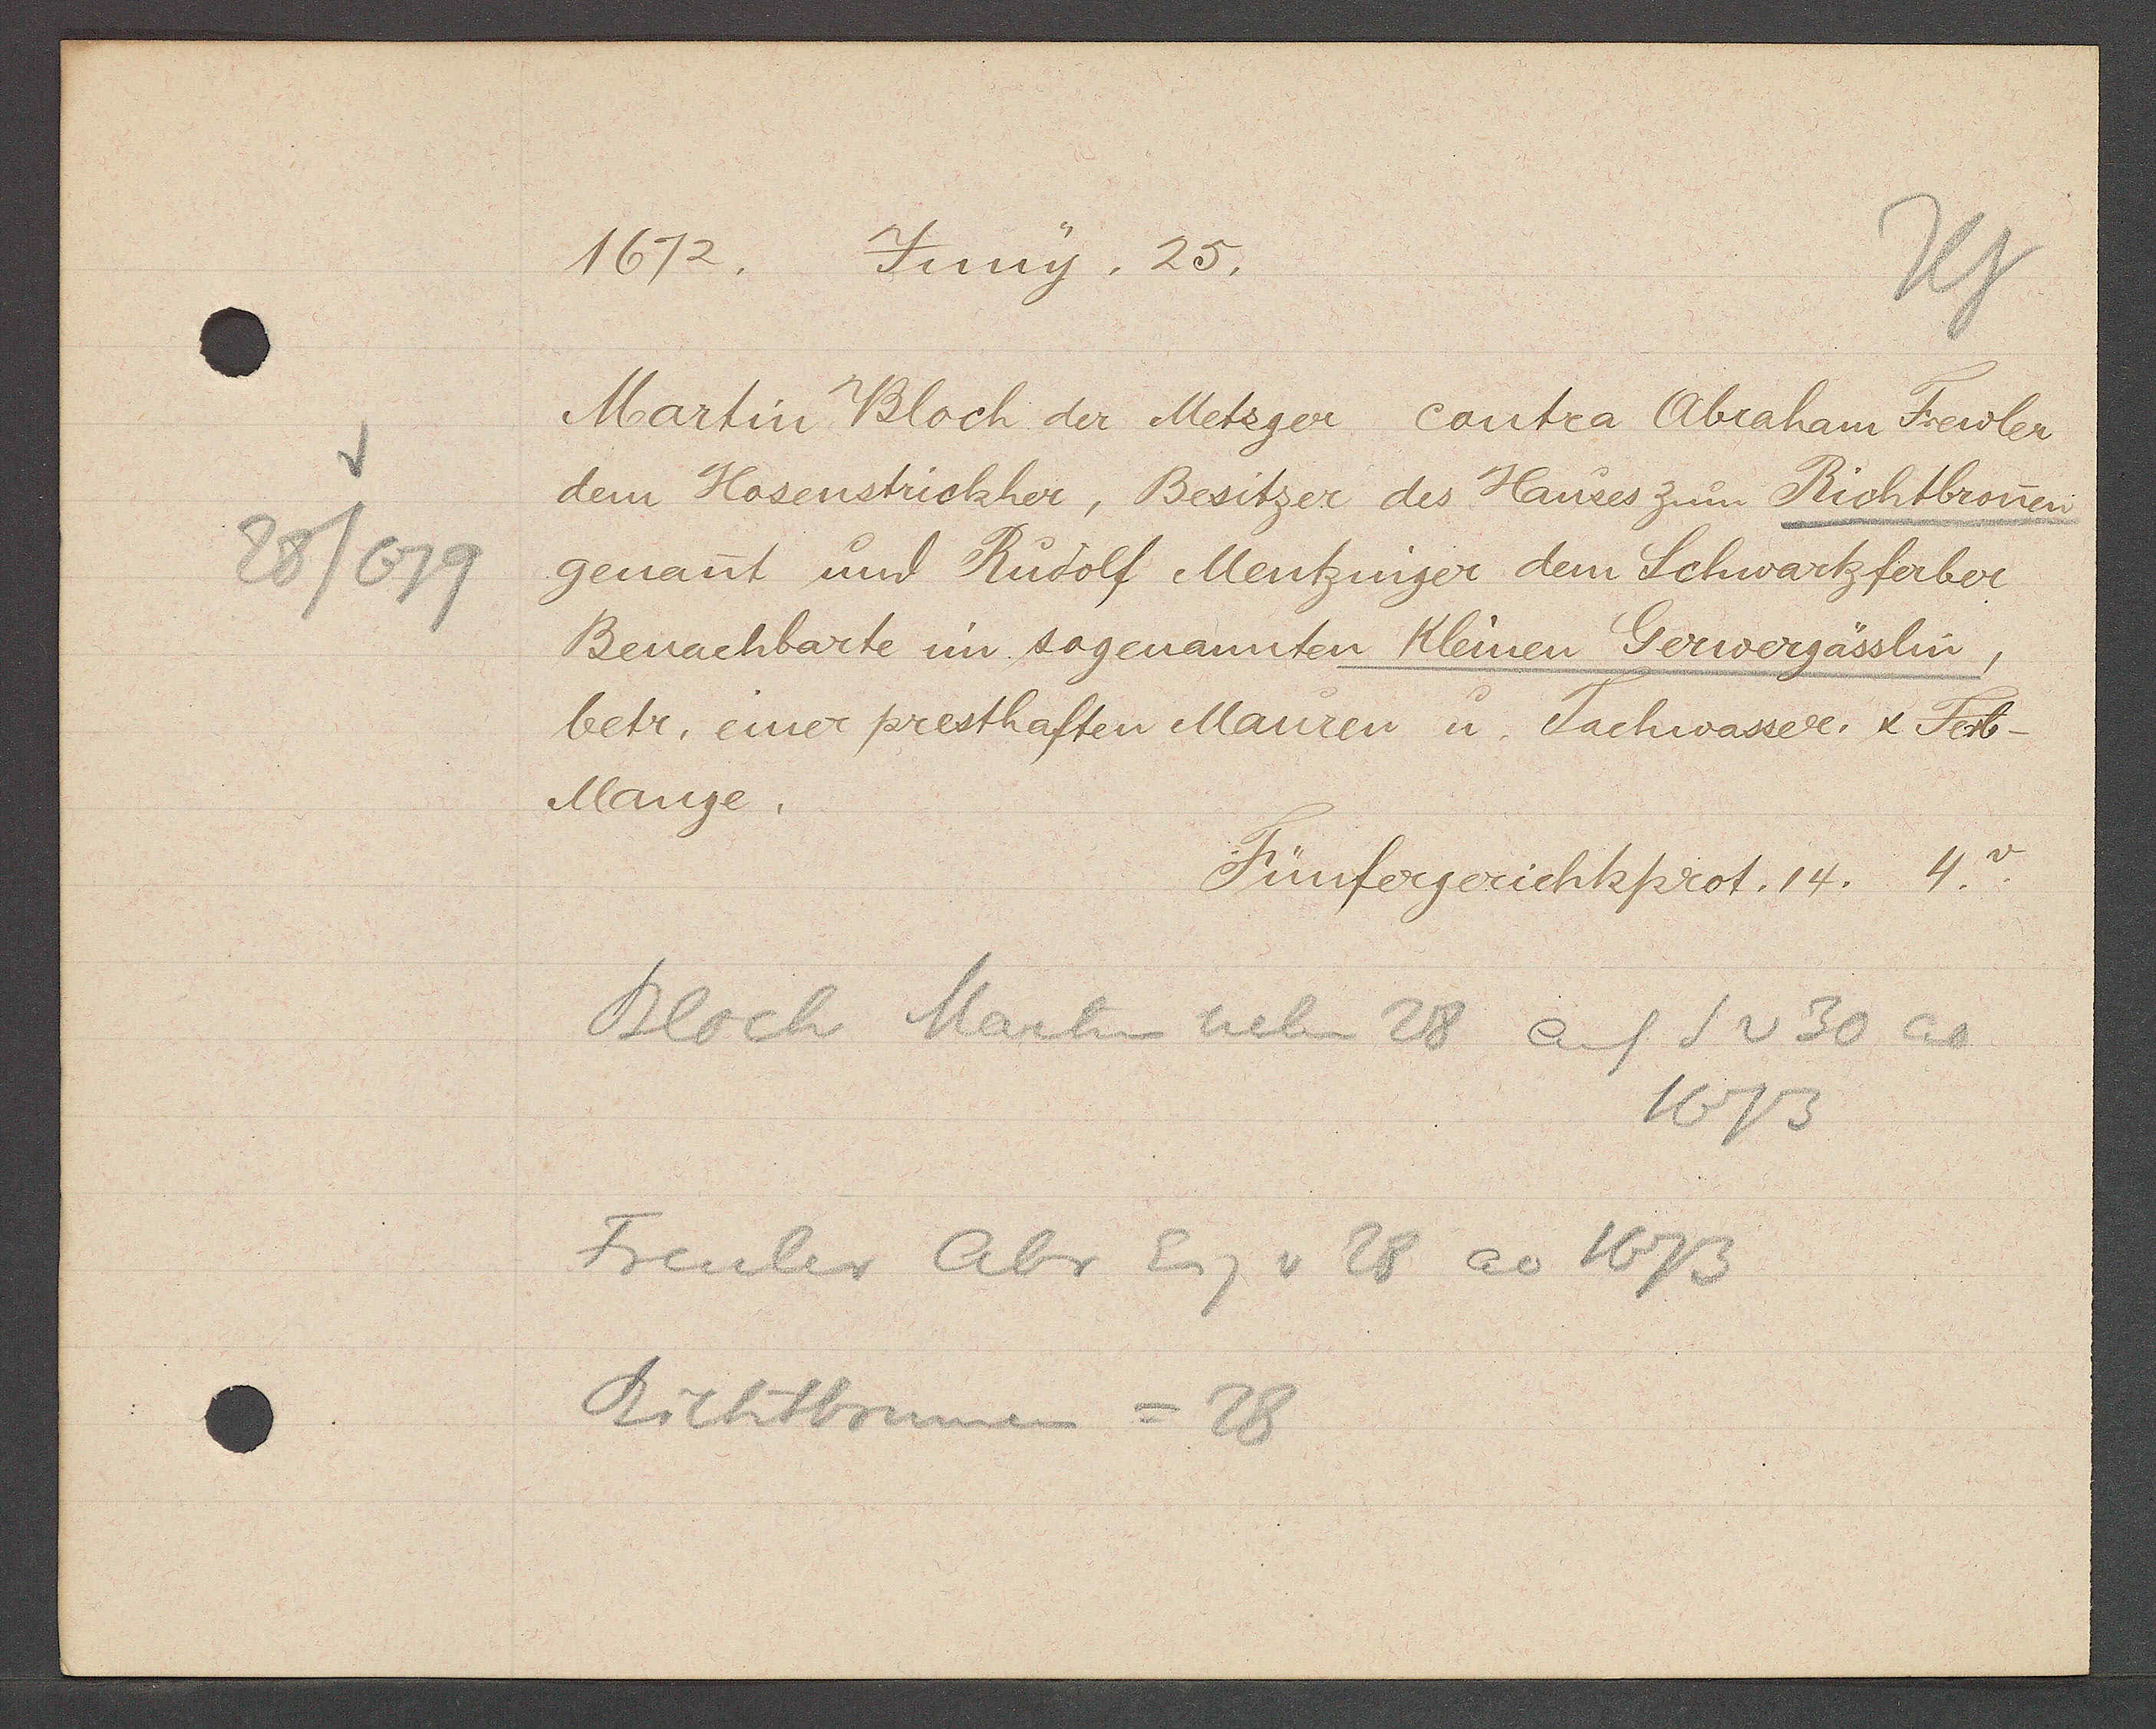
Transcript:
28/679

1672.
Juny. 25.

Martin Bloch der Metzger contra Abraham Frewler
dem Hosenstrickher, Besitzer des Hauses zum Richtbronen
genant und Rudolf Mentzinger dem Schwartzferber
Benachbarte im sogenannten Kleinen Gerwergässlin,
betr. einer presthaften Mauren u. Tachwasser. & Ferb¬
Mange.

Fünfergerichtsprot. 14. 4.

Bloch Martin neben 28 auf S v 30 ao
1673
Freuler Abr Eig v 28 ao 1673
Richtbrunen = 28